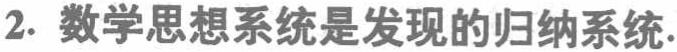
2. 数学思想系统是发现的归纳系统.